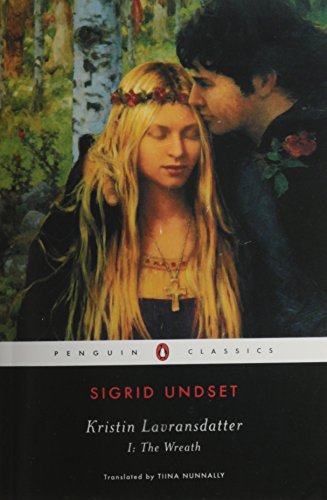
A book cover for Kristin Lavransdatter I: The Wreath (Penguin Classics); Sigrid Undset; Literature & Fiction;